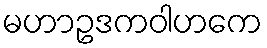
မဟာဥဒကဝါဟကေ